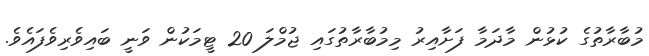
މުބާރާތުގެ ކުޅުން މާދަމާ ފަށާއިރު މިމުބާރާތުގައި ޖުމްލަ 20 ޓީމަކުން ވަނީ ބައިވެރިވެފައެވެ.